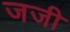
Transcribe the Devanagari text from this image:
जजी